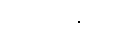
သမ္မုခါဝိနယသ္မိံ